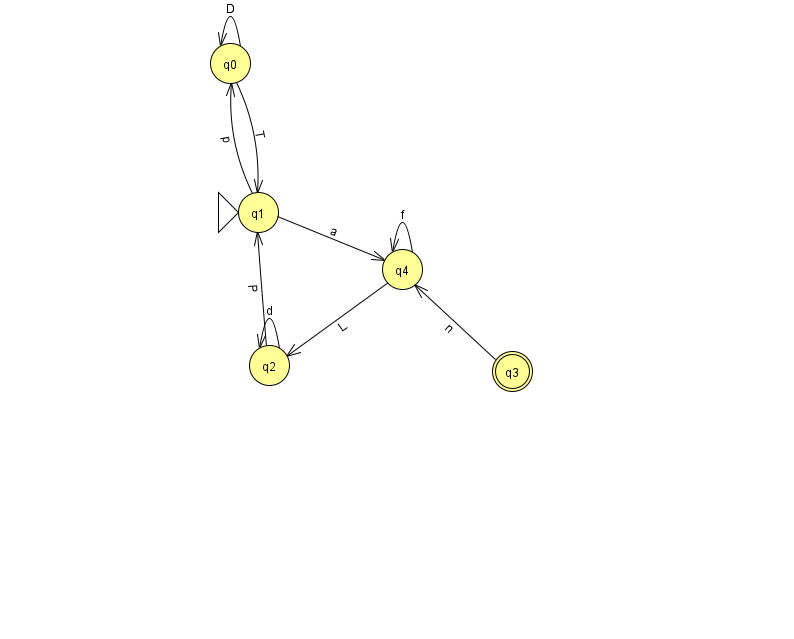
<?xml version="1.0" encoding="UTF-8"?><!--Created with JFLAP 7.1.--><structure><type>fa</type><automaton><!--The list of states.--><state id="0" name="q0"><x>230.0</x><y>50.0</y></state><state id="1" name="q1"><x>258.0</x><y>199.0</y><initial/></state><state id="2" name="q2"><x>269.0</x><y>352.0</y></state><state id="3" name="q3"><x>512.0</x><y>358.0</y><final/></state><state id="4" name="q4"><x>402.0</x><y>256.0</y></state><!--The list of transitions.--><transition><from>1</from><to>0</to><read>p</read></transition><transition><from>2</from><to>1</to><read>P</read></transition><transition><from>0</from><to>0</to><read>D</read></transition><transition><from>0</from><to>1</to><read>T</read></transition><transition><from>1</from><to>4</to><read>a</read></transition><transition><from>2</from><to>2</to><read>d</read></transition><transition><from>3</from><to>4</to><read>n</read></transition><transition><from>4</from><to>4</to><read>f</read></transition><transition><from>4</from><to>2</to><read>L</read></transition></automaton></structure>